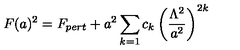
F ( a ) ^ { 2 } = F _ { p e r t } + a ^ { 2 } \sum _ { k = 1 } c _ { k } \left( \frac { \Lambda ^ { 2 } } { a ^ { 2 } } \right) ^ { 2 k }